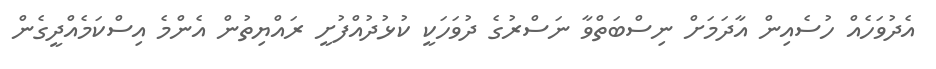
އެދުވަހެއް ހުސެއިން އާދަމަށް ނިސްބަތްވާ ނަސްރުގެ ދުވަހަކީ ކުޅުދުއްފުށީ ރައްޔިތުން އެންމެ އިސްކަމެއްދީގެން